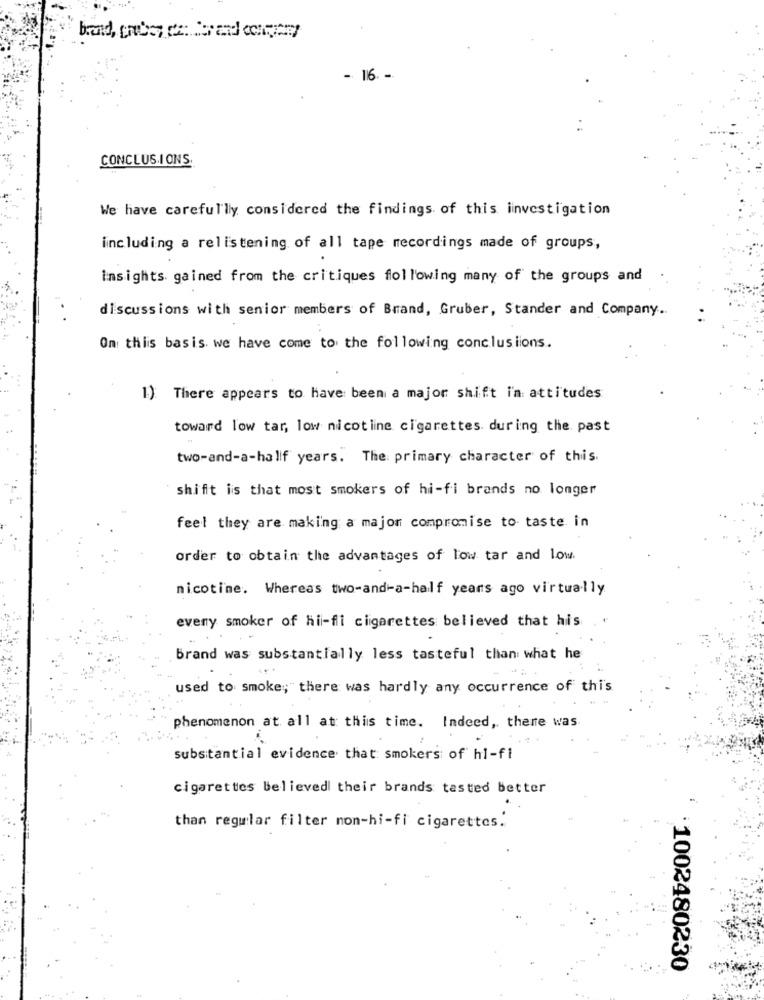
- 116. -
CONCLUSIONS.
We have carefully considered the findings of this investigation
including a relistening of all tape recordings made of groups,
insights gained from the critiques following many of the groups and
discussions with senior members of Brand, Gruber, Stander and Company ..
On: this basis we have come to the following conclusions.
1) There appears to have been a major shift in attitudes
toward low tar, low nicotine cigarettes during the past
two-and-a-half years. The primary character of this.
shift is that most smokers of hi-fi brands no longer
feel they are making a majon compromise to taste in
order to obtain the advantages of low tar and low.
nicotine. Whereas two-and-a-half years ago virtually
eveny smoker of hi-fi cigarettes believed that his
Brand was substantially less tasteful than what he
used to smoke; there was hardly any occurrence of this
phenomenon at all at this time. Indeed, there was
substantial evidence that smokers of hi-fi
cigarettes believed their brands tasted better
than regular filter non-hi-fi cigarettes.
1002480230